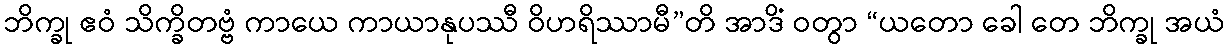
ဘိက္ခု ဧဝံ သိက္ခိတဗ္ဗံ ကာယေ ကာယာနုပဿီ ဝိဟရိဿာမီ”တိ အာဒိံ ဝတွာ “ယတော ခေါ တေ ဘိက္ခု အယံ